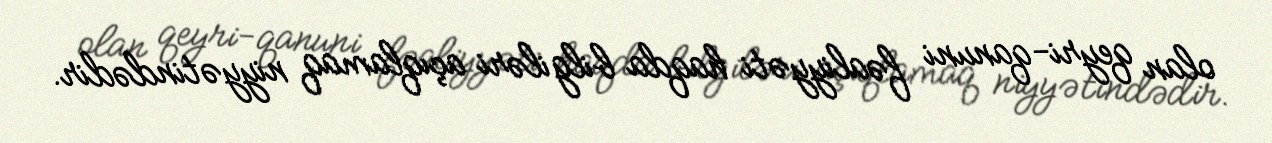
olan qeyri-qanuni fəaliyyəti haqda bilgiləri açıqlamaq niyyətindədir.